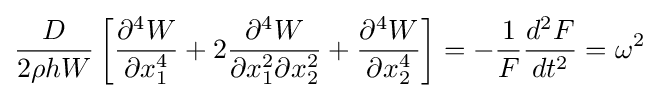
{\frac {D}{2\rho hW}}\left[{\frac {\partial ^{4}W}{\partial x_{1}^{4}}}+2{\frac {\partial ^{4}W}{\partial x_{1}^{2}\partial x_{2}^{2}}}+{\frac {\partial ^{4}W}{\partial x_{2}^{4}}}\right]=-{\frac {1}{F}}{\frac {d^{2}F}{dt^{2}}}=\omega ^{2}